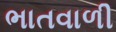
ભાતવાળી